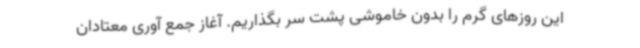
این روزهای گرم را بدون خاموشی پشت سر بگذاریم. آغاز جمع آوری معتادان